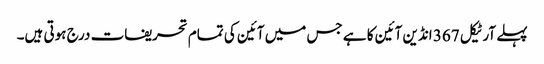
پہلے آرٹیکل 367 انڈین آئین کا ہے جس میں آئین کی تمام تحریفات درج ہوتی ہیں۔